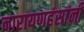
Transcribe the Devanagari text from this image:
नारायणहंसांनी